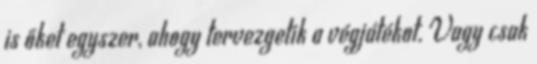
is őket egyszer, ahogy tervezgetik a végjátékot. Vagy csak